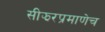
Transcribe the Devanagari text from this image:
सीझरप्रमाणेच